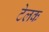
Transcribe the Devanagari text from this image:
टेलक